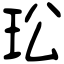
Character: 玜